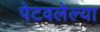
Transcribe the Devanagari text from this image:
पेटवलेल्या